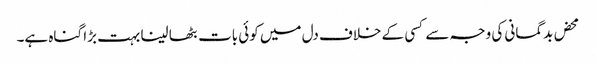
محض بدگمانی کی وجہ سے کسی کے خلاف دل میں کوئی بات بٹھا لینا بہت بڑا گناہ ہے۔